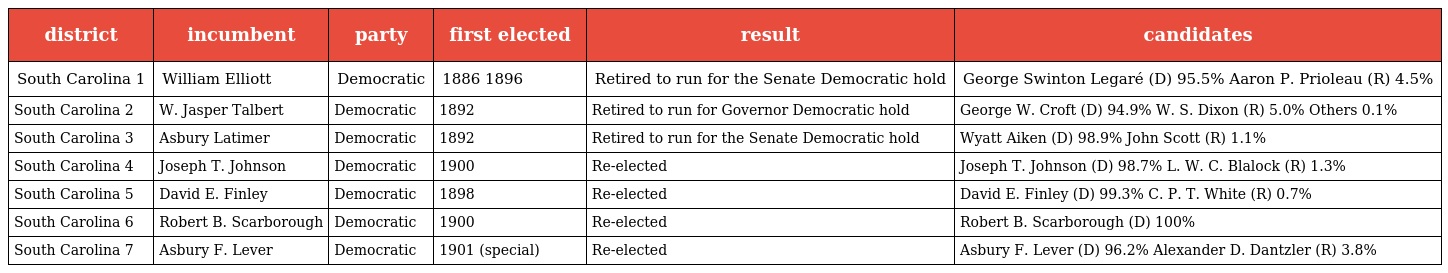
| district | incumbent | party | first elected | result | candidates |
 | --- | --- | --- | --- | --- | --- |
 | South Carolina 1 | William Elliott | Democratic | 1886 1896 | Retired to run for the Senate Democratic hold | George Swinton Legaré (D) 95.5% Aaron P. Prioleau (R) 4.5% |
 | South Carolina 2 | W. Jasper Talbert | Democratic | 1892 | Retired to run for Governor Democratic hold | George W. Croft (D) 94.9% W. S. Dixon (R) 5.0% Others 0.1% |
 | South Carolina 3 | Asbury Latimer | Democratic | 1892 | Retired to run for the Senate Democratic hold | Wyatt Aiken (D) 98.9% John Scott (R) 1.1% |
 | South Carolina 4 | Joseph T. Johnson | Democratic | 1900 | Re-elected | Joseph T. Johnson (D) 98.7% L. W. C. Blalock (R) 1.3% |
 | South Carolina 5 | David E. Finley | Democratic | 1898 | Re-elected | David E. Finley (D) 99.3% C. P. T. White (R) 0.7% |
 | South Carolina 6 | Robert B. Scarborough | Democratic | 1900 | Re-elected | Robert B. Scarborough (D) 100% |
 | South Carolina 7 | Asbury F. Lever | Democratic | 1901 (special) | Re-elected | Asbury F. Lever (D) 96.2% Alexander D. Dantzler (R) 3.8% |